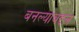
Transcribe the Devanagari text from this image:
बनल्याबद्दल